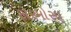
ફોરમોસા